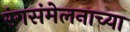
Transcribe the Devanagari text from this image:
रंगसंमेलनाच्या